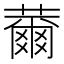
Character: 薾